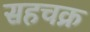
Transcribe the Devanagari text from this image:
सहचक्र